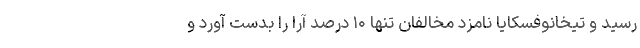
رسید و تیخانوفسکایا نامزد مخالفان تنها ۱۰ درصد آرا را بدست آورد و